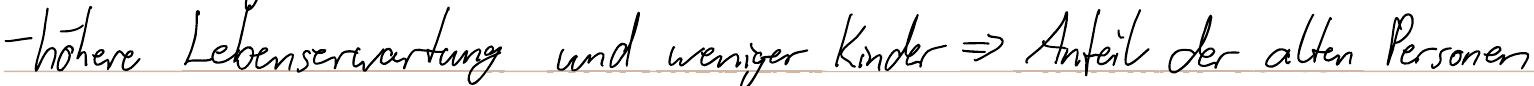
- höhere Lebenserwartung und weniger Kinder => Anteil der alten Personen